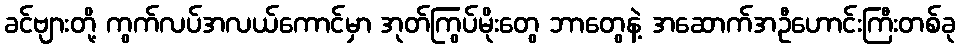
ခင်ဗျားတို့ ကွက်လပ်အလယ်ကောင်မှာ အုတ်ကြွပ်မိုးတွေ ဘာတွေနဲ့ အဆောက်အဦဟောင်းကြီးတစ်ခု